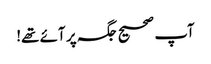
آپ صحیح جگہ پر آئے تھے!